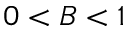
0 < B < 1